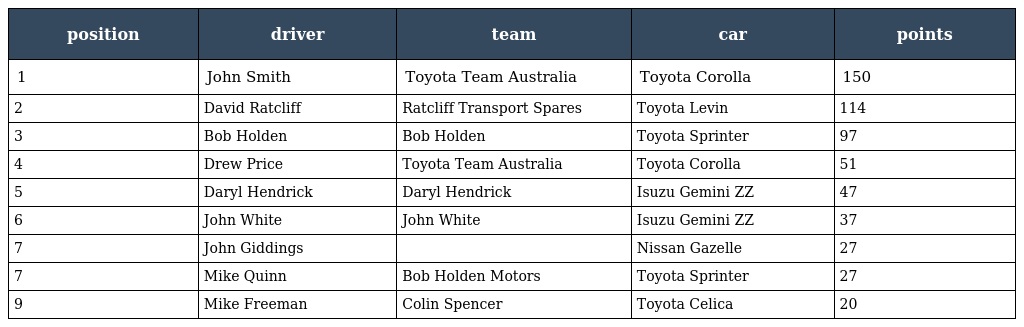
| position | driver | team | car | points |
 | --- | --- | --- | --- | --- |
 | 1 | John Smith | Toyota Team Australia | Toyota Corolla | 150 |
 | 2 | David Ratcliff | Ratcliff Transport Spares | Toyota Levin | 114 |
 | 3 | Bob Holden | Bob Holden | Toyota Sprinter | 97 |
 | 4 | Drew Price | Toyota Team Australia | Toyota Corolla | 51 |
 | 5 | Daryl Hendrick | Daryl Hendrick | Isuzu Gemini ZZ | 47 |
 | 6 | John White | John White | Isuzu Gemini ZZ | 37 |
 | 7 | John Giddings |  | Nissan Gazelle | 27 |
 | 7 | Mike Quinn | Bob Holden Motors | Toyota Sprinter | 27 |
 | 9 | Mike Freeman | Colin Spencer | Toyota Celica | 20 |